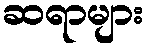
ဆရာများ